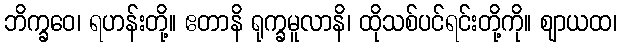
ဘိက္ခဝေ၊ ရဟန်းတို့။ ဧတာနိ ရုက္ခမူလာနိ၊ ထိုသစ်ပင်ရင်းတို့ကို။ ဈာယထ၊